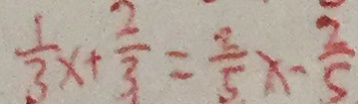
\frac { 1 } { 3 } x + \frac { 2 } { 3 } = \frac { 2 } { 5 } x - \frac { 2 } { 5 }